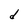
Character: d